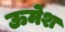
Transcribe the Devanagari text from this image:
ऊमेश